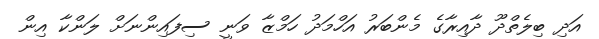
އަދި ބިލެތްދޫ ދާއިރާގެ މެންބަރު އަހްމަދު ހަމްޒާ ވަނީ ސިފައިންނަށް ލަންކާ އިން